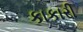
કાકારી